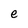
Character: e